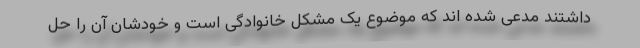
داشتند مدعی شده اند که موضوع یک مشکل خانوادگی است و خودشان آن را حل